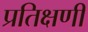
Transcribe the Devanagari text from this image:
प्रतिक्षणीं